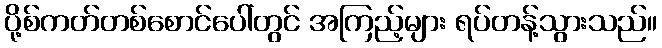
ပို့စ်ကတ်တစ်စောင်ပေါ်တွင် အကြည့်များ ရပ်တန့်သွားသည်။